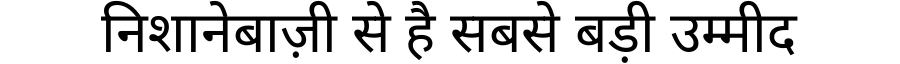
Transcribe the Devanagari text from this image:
निशानेबाज़ी से है सबसे बड़ी उम्मीद